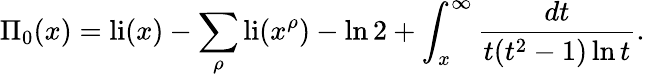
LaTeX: \Pi_{0}(x)=\operatorname{li}(x)-\sum_{\rho}\operatorname{li}(x^{\rho})-\ln 2+\int_{x}^{\infty}{\frac{dt}{t(t^{2}-1)\ln t}}.